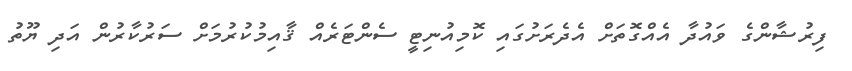
ފިރުޝާންގެ ވައުދާ އެއްގޮތަށް އެދެރަށުގައި ކޮމިއުނިޓީ ސެންޓަރެއް ޤާއިމުކުރުމަށް ސަރުކާރުން އަދި ޔޫތު